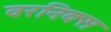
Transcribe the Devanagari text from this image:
वरनिक्स